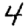
Digit: 4